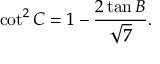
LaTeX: \cot ^ { 2 } C = 1 - { \frac { 2 \tan B } { \sqrt { 7 } } } .